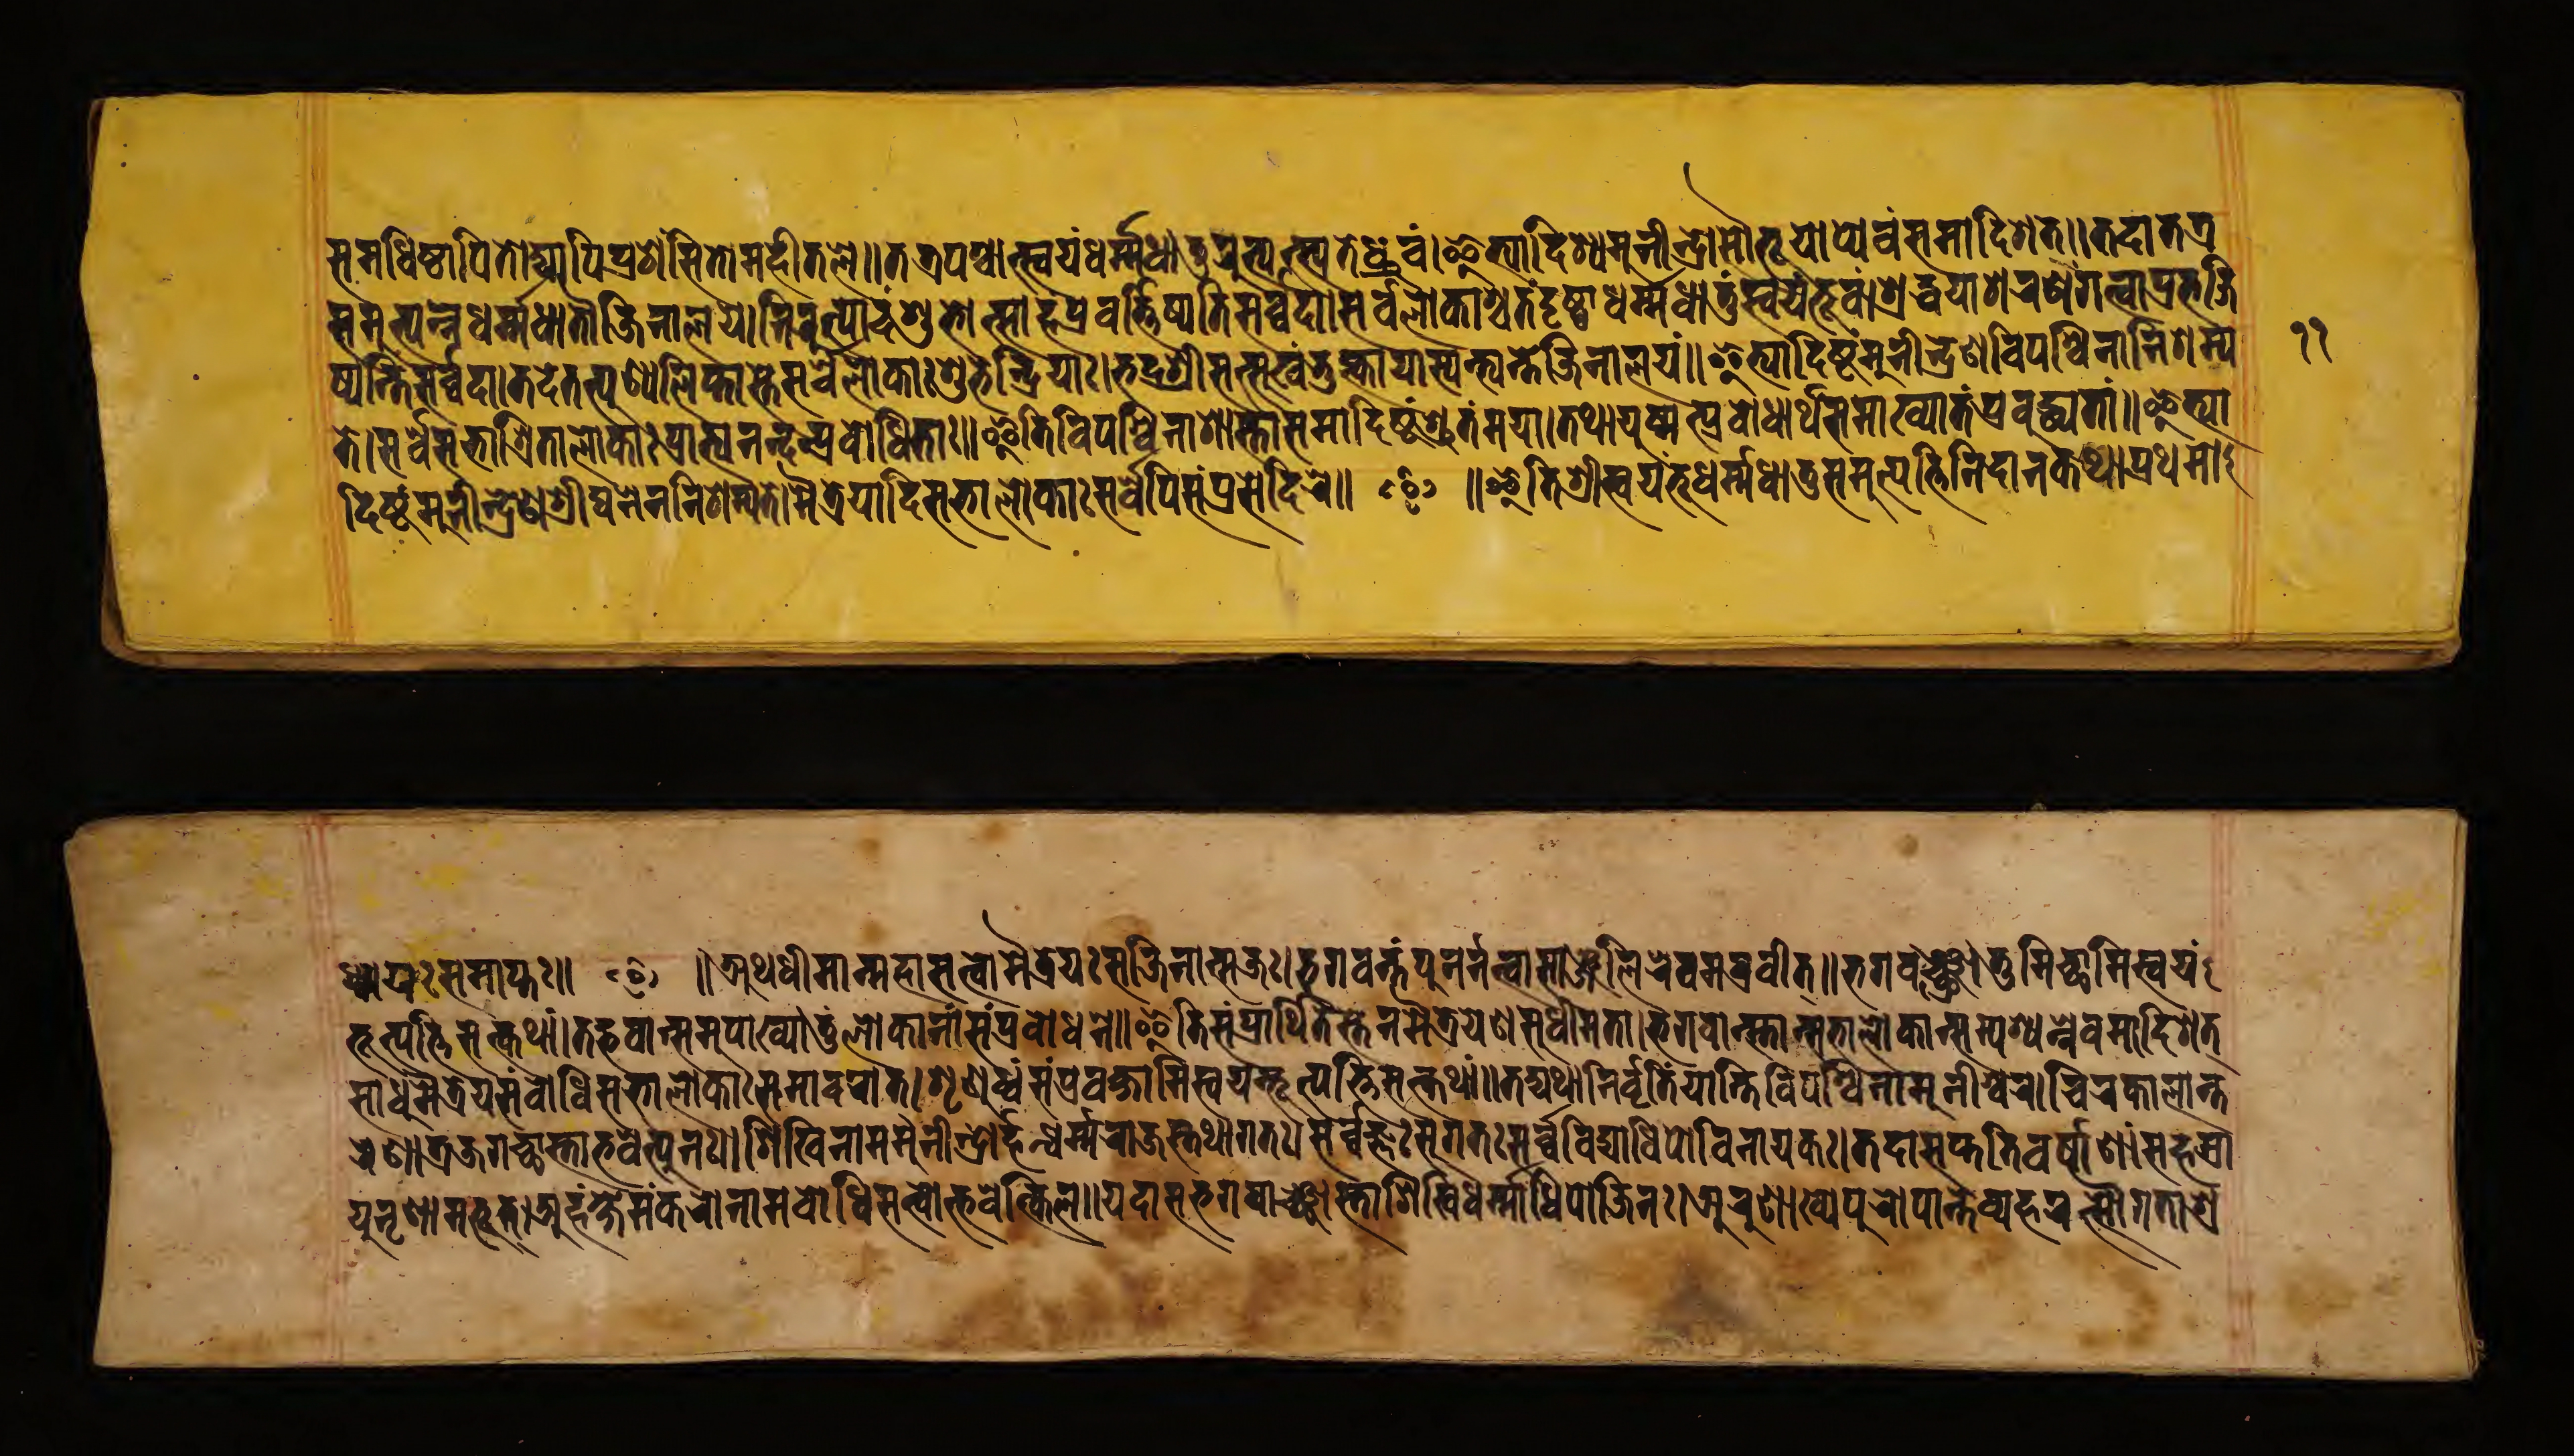
𑐳𑐩𑐢𑐶𑐲𑑂𑐚𑐵𑐥𑐶𑐟𑑀𑐡𑑂𑐫𑐵𑐥𑐶𑐥𑑂𑐬𑐱𑑄𑐳𑐶𑐟𑑀𑐩𑐴𑐷𑐟𑐮𑐾॥𑐟𑐟𑑂𑐬𑐥𑐱𑑂𑐔𑐵𑐟𑑂𑐳𑑂𑐰𑐫𑑄𑐢𑐬𑑂𑐩𑑂𑐩𑐢𑐵𑐟𑐸𑐬𑐸𑐟𑑂𑐥𑐟𑑂𑐳𑑂𑐫𑐟𑐾𑐢𑑂𑐬𑐸𑐰𑑄।𑐂𑐟𑑂𑐫𑐵𑐡𑐶𑐱𑑂𑐫𑐩𑐸𑐣𑐷𑐣𑑂𑐡𑑂𑐬𑑀𑐳𑑁𑐨𑐹𑐫𑑀𑐥𑑂𑐫𑐾𑐰𑑄𑐳𑐩𑐵𑐡𑐶𑐱𑐟𑑂॥𑐟𑐡𑐵𑐟𑐟𑑂𑐬 𑐳𑐩𑐸𑐟𑑂𑐥𑐣𑑂𑐣𑐾𑐢𑐬𑑂𑐩𑑂𑐩𑐢𑐵𑐟𑑁𑐖𑐶𑐣𑐵𑐮𑐫𑐾।𑐣𑐶𑐬𑐸𑐟𑑂𑐥𑐵𑐡𑑄𑐱𑐸𑐨𑑀𑐟𑑂𑐳𑐵𑐴𑑄𑐥𑑂𑐬𑐰𑐬𑑂𑐟𑑂𑐟𑐶𑐲𑑂𑐫𑐟𑐶𑐳𑐬𑑂𑐰𑑂𑐰𑐡𑐵॥𑐳𑐬𑑂𑐰𑐮𑑀𑐎𑐵𑐱𑑂𑐔𑐟𑑄𑐡𑐺𑐲𑑂𑐚𑑂𑐰𑐵𑐢𑐬𑑂𑐩𑑂𑐩𑐢𑐵𑐟𑐸𑑄𑐳𑑂𑐰𑐫𑑄𑐨𑐸𑐰𑑄।𑐱𑑂𑐬𑐡𑑂𑐢𑐫𑐵𑐱𑐬𑐞𑑄𑐐𑐟𑑂𑐰𑐵𑐥𑑂𑐬𑐨𑐖𑐶 𑐲𑑂𑐫𑐣𑑂𑐟𑐶𑐳𑐬𑑂𑐰𑑂𑐰𑐡𑐵॥𑐟𑐡𑐾𑐟𑐟𑑂𑐥𑐸𑐞𑑂𑐫𑐮𑐶𑐥𑑂𑐟𑐵𑐳𑑂𑐟𑐾𑐳𑐬𑑂𑐰𑐾𑐮𑑀𑐎𑐵𑑅𑐱𑐸𑐨𑐾𑐣𑑂𑐡𑑂𑐬𑐶𑐫𑐵𑑅।𑐨𑐡𑑂𑐬𑐱𑑂𑐬𑐷𑐳𑐟𑑂𑐳𑐸𑐏𑑄𑐨𑐸𑐎𑑂𑐟𑑂𑐰𑐵𑐫𑐵𑐳𑑂𑐫𑐣𑑂𑐟𑑂𑐫𑐣𑑂𑐟𑐾𑐖𑐶𑐣𑐵𑐮𑐫𑑄॥𑐂𑐟𑑂𑐫𑐵𑐡𑐶𑐲𑑂𑐚𑑄𑐩𑐸𑐣𑐷𑐣𑑂𑐡𑑂𑐬𑐾𑐞𑐰𑐶𑐥𑐱𑑂𑐰𑐶𑐣𑐵𑐣𑐶𑐱𑐩𑑂𑐫 𑐟𑐾।𑐳𑐬𑑂𑐰𑐾𑐳𑐨𑐵𑐱𑑂𑐬𑐶𑐟𑐵𑐮𑑀𑐎𑐵𑑅𑐥𑑂𑐬𑐵𑐨𑑂𑐫𑐣𑐣𑑂𑐡𑐣𑑂𑐥𑑂𑐬𑐧𑑀𑐢𑐶𑐟𑐵𑑅॥𑐂𑐟𑐶𑐰𑐶𑐥𑐱𑑂𑐰𑐶𑐣𑐵𑐱𑐵𑐳𑑂𑐟𑐵𑐳𑐩𑐵𑐡𑐶𑐲𑑂𑐚𑑄𑐱𑑂𑐬𑐸𑐟𑑄𑐩𑐫𑐵।𑐟𑐠𑐵𑐫𑐸𑐲𑑂𑐩𑐟𑑂𑐥𑑂𑐬𑐧𑑀𑐢𑐵𑐬𑑂𑐠𑑄𑐳𑐩𑐵𑐏𑑂𑐫𑐵𑐟𑑄𑐥𑑂𑐬𑐧𑐸𑐡𑑂𑐢𑑂𑐫𑐟𑐵𑑄॥𑐂𑐟𑑂𑐫𑐵 𑐡𑐶𑐲𑑂𑐚𑑄𑐩𑐸𑐣𑐷𑐣𑑂𑐡𑑂𑐬𑐾𑐞𑐱𑑂𑐬𑐷𑐑𑐣𑐾𑐣𑐣𑐶𑐱𑐩𑑂𑐫𑐟𑐾।𑐩𑐿𑐟𑑂𑐬𑐾𑐫𑐵𑐡𑐶𑐳𑐨𑐵𑐮𑑀𑐎𑐵𑑅𑐳𑐬𑑂𑐰𑐾𑐥𑐶𑐳𑑄𑐥𑑂𑐬𑐳𑐾𑐡𑐶𑐬𑐾॥ ॰ ॥𑐂𑐟𑐶𑐱𑑂𑐬𑐷𑐳𑑂𑐰𑐫𑑄𑐨𑐹𑐢𑐬𑑂𑐩𑑂𑐩𑐢𑐵𑐟𑐸𑐳𑐩𑐸𑐟𑑂𑐥𑐟𑑂𑐟𑐶𑐣𑐶𑐡𑐵𑐣𑐎𑐠𑐵𑐥𑑂𑐬𑐠𑐩𑑀 𑐢𑑂𑐫𑐵𑐫𑑅𑐳𑐩𑐵𑐥𑑂𑐟𑑅॥ ॰ ॥𑐀𑐠𑐢𑐷𑐩𑐵𑐣𑑂𑐩𑐴𑐵𑐳𑐟𑑂𑐰𑑀𑐩𑐿𑐟𑑂𑐬𑐾𑐫𑑅𑐳𑐖𑐶𑐣𑐵𑐟𑑂𑐩𑐖𑑅।𑐨𑐐𑐰𑐣𑑂𑐟𑑄𑐥𑐸𑐣𑐬𑑂𑐣𑐟𑑂𑐰𑐵𑐳𑐵𑐘𑑂𑐖𑐮𑐶𑐬𑐾𑐰𑐩𑐧𑑂𑐬𑐰𑐷𑐟𑑂॥𑐨𑐐𑐰𑐘𑑂𑐕𑑂𑐬𑑀𑐟𑐸𑐩𑐶𑐔𑑂𑐕𑐵𑐩𑐶𑐳𑑂𑐰𑐫𑑄 𑐨𑐹𑐟𑑂𑐥𑐟𑑂𑐟𑐶𑐳𑐟𑑂𑐎𑐠𑐵𑑄।𑐟𑐡𑑂𑐨𑐰𑐵𑐣𑑂𑐳𑐩𑐸𑐥𑐵𑐏𑑂𑐫𑐵𑐟𑐸𑑄𑐮𑑀𑐎𑐵𑐣𑐵𑑄𑐳𑑄𑐥𑑂𑐬𑐧𑑀𑐢𑐣𑐾॥𑐂𑐟𑐶𑐳𑑄𑐥𑑂𑐬𑐵𑐠𑐶𑐟𑐾𑐳𑑂𑐟𑐾𑐣𑐩𑐿𑐟𑑂𑐬𑐾𑐫𑐾𑐞𑐳𑐸𑐢𑐷𑐩𑐟𑐵।𑐨𑐐𑐰𑐵𑐣𑑂𑐳𑑂𑐟𑐵𑐣𑑂𑐳𑐨𑐵𑐮𑑀𑐎𑐵𑐣𑑂𑐳𑐩𑑂𑐥𑐱𑑂𑐫𑐣𑑂𑐣𑐾𑐰𑐩𑐵𑐡𑐶𑐱𑐟𑑂 𑐳𑐵𑐢𑐸𑐩𑐿𑐟𑑂𑐬𑐾𑐫𑐳𑑄𑐰𑐾𑑇𑐥𑐶𑐳𑐨𑐵𑐮𑑀𑐎𑐵𑑅𑐳𑐩𑐵𑐡𑐬𑐵𑐟𑑂।𑐱𑐺𑐞𑐸𑐢𑑂𑐰𑑄𑐳𑑄𑐥𑑂𑐬𑐰𑐎𑑂𑐲𑐵𑐩𑐶𑐳𑑂𑐰𑐫𑐩𑑂𑐨𑐹𑐟𑑂𑐥𑐟𑑂𑐟𑐶𑐳𑐟𑑂𑐎𑐠𑐵𑑄॥𑐟𑐡𑑂𑐫𑐠𑐵𑐣𑐶𑐬𑑂𑐰𑐺𑐟𑐶𑑄𑐫𑐵𑐣𑑂𑐟𑐶𑐰𑐶𑐥𑐱𑑂𑐰𑐶𑐣𑐵𑐩𑐸𑐣𑐷𑐱𑑂𑐰𑐬𑐾॥𑐔𑐶𑐬𑐎𑐵𑐮𑐵𑐣𑑂𑐟 𑐬𑐾𑐞𑐵𑐟𑑂𑐬𑐖𑐐𑐔𑑂𑐕𑐵𑐳𑑂𑐟𑐵𑐨𑐰𑐾𑐟𑑂𑐥𑐸𑐣𑑅॥𑐱𑐶𑐏𑐶𑐣𑐵𑐩𑐩𑐸𑐣𑐷𑐣𑑂𑐡𑑂𑐬𑑀𑐬𑑂𑐴𑐣𑑂𑐢𑐬𑑂𑐩𑑂𑐩𑐬𑐵𑐖𑐳𑑂𑐟𑐠𑐵𑐐𑐟𑑅।𑐳𑐬𑑂𑐰𑐖𑑂𑐘𑑅 𑐳𑐸𑐐𑐟𑑅𑐳𑐬𑑂𑐰𑑂𑐰𑐰𑐶𑐡𑑂𑐫𑐵𑐢𑐶𑐥𑑀𑐰𑐶𑐣𑐵𑐫𑐎𑑅॥𑐟𑐡𑐵𑐳𑐥𑑂𑐟𑐟𑐶𑐰𑐬𑑂𑐲𑐵𑐞𑐵𑑄𑐳𑐴𑐳𑑂𑐬𑐵 𑐫𑐸𑐣𑐺𑐞𑐵𑐩𑐨𑐹𑐟𑑂।𑐀𑐴𑑄𑐎𑑂𑐲𑐾𑐩𑑄𑐎𑐬𑑀𑐣𑐵𑐩𑐧𑑀𑐢𑐶𑐳𑐟𑑂𑐟𑑂𑐰𑑀𑐨𑐵𑐰𑐾𑐩𑑂𑐎𑐶𑐮॥𑐫𑐡𑐵𑐳𑐨𑐐𑐰𑐵𑐘𑑂𑐕𑐵𑐳𑑂𑐟𑐵𑐱𑐶𑐏𑐶𑐢𑐬𑑂𑐩𑑂𑐩𑐵𑐢𑐶𑐥𑑀𑐖𑐶𑐣𑑅।𑐀𑐬𑐸𑐞𑐵𑐏𑑂𑐫𑐥𑐸𑐬𑑀𑐥𑐵𑐣𑑂𑐟𑐾𑐰𑑂𑐫𑐴𑐬𑐟𑑂𑐳𑑁𑐐𑐟𑐵𑐱𑑂𑐬 𑑑𑑑